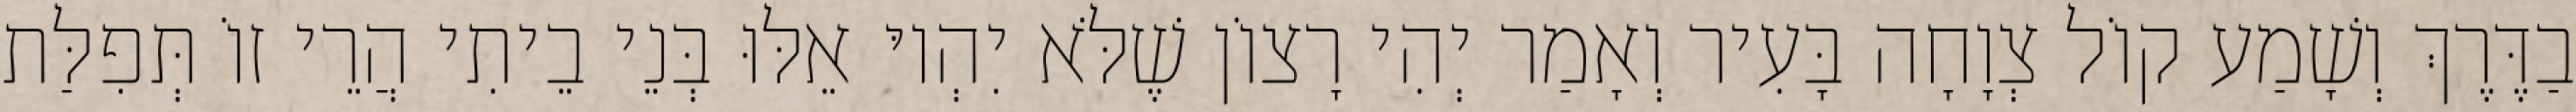
בַדֶּרֶךְ וְשָׁמַע קוֹל צְוָחָה בָּעִיר וְאָמַר יְהִי רָצוֹן שֶׁלֹּא יִהְיוּ אֵלּוּ בְּנֵי בֵיתִי הֲרֵי זוֹ תְּפִלַּת